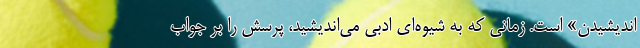
اندیشیدن» است. زمانی که به شیوه‌ای ادبی می‌اندیشید، پرسش را بر جواب